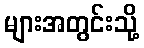
များအတွင်းသို့